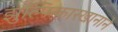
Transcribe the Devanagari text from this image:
झुल्फिकारखानाने